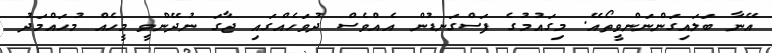
އޭނާ ބަލައިގަންނަންވީތޯއޭ. މިގައުމުގެ ފަސްގަނޑުން އެއްވެސް ދުވަހެއްގައި ޖާގަ ނުދޭންވީ މީހެއް މުހައްމަދު